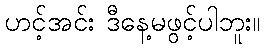
ဟင့်အင်း ဒီနေ့မဖွင့်ပါဘူး။